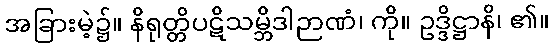
အခြားမဲ့၌။ နိရုတ္တိပဋိသမ္ဘိဒါဉာဏံ၊ ကို။ ဥဒ္ဒိဋ္ဌာနိ၊ ၏။